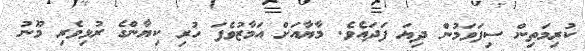
ކުރިމަތިން ސިފަވަމުން ދިޔަ ފަދައެވެ. މާޔާއަށް އަމާޒުވެފަ ހުރި ކިޔާންގެ ރުޅިވެރި މޫނު